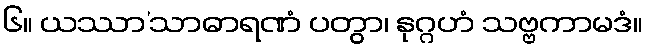
၆။ ယဿာ’သာဓာရဏံ ပတွာ၊ နုဂ္ဂဟံ သဗ္ဗကာမဒံ။